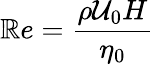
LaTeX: \mathbb{R}e=\frac{{\rho\mathcal{{U}}_{0}H}}{{\eta_{0}}}